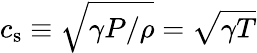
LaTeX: c_{\mathrm{s}}\equiv\sqrt{\gamma P/\rho}=\sqrt{\gamma T}